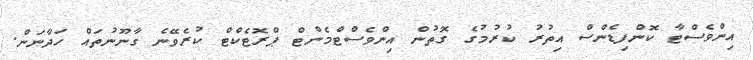
އިންވެސްޓާ ކޮންފިޑެންސް އިތުރު ކުރުމުގެ ގޮތުން އިންވެސްޓްމެންޓް ޕްރޮޓެކްޓް ކުރެވޭނެ ގާނޫނުތައް ހަދާނަން.